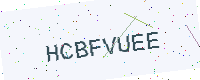
Text: HCBFVUEE